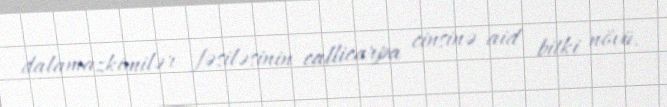
dalamazkimilər fəsiləsinin callicarpa cinsinə aid bitki növü.